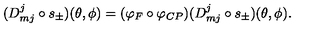
( D _ { m j } ^ { j } \circ s _ { \pm } ) ( \theta , \phi ) = ( \varphi _ { F } \circ \varphi _ { C P } ) ( D _ { m j } ^ { j } \circ s _ { \pm } ) ( \theta , \phi ) .